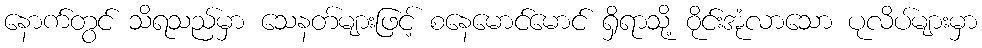
နောက်တွင် သိရသည်မှာ သေနတ်များဖြင့် စနေမောင်မောင် ရှိရာသို့ ဝိုင်းအုံလာသော ပုလိပ်များမှာ